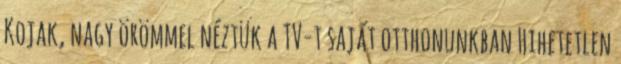
Kojak, nagy örömmel néztük a TV-t saját otthonunkban Hihetetlen